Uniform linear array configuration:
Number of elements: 12
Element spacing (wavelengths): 1
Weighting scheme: binomial
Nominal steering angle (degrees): -15
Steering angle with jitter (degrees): -15.049
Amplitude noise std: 0.05
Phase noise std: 0.05

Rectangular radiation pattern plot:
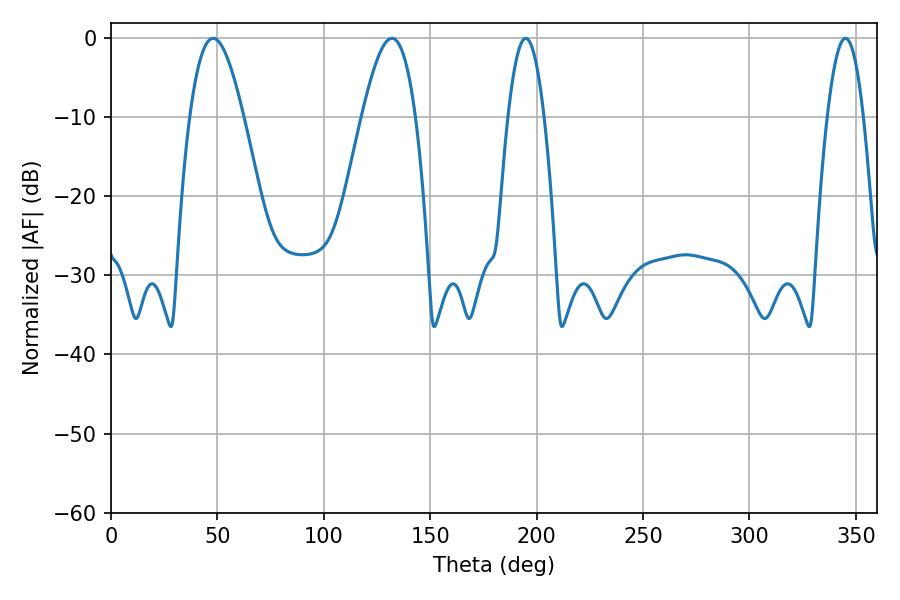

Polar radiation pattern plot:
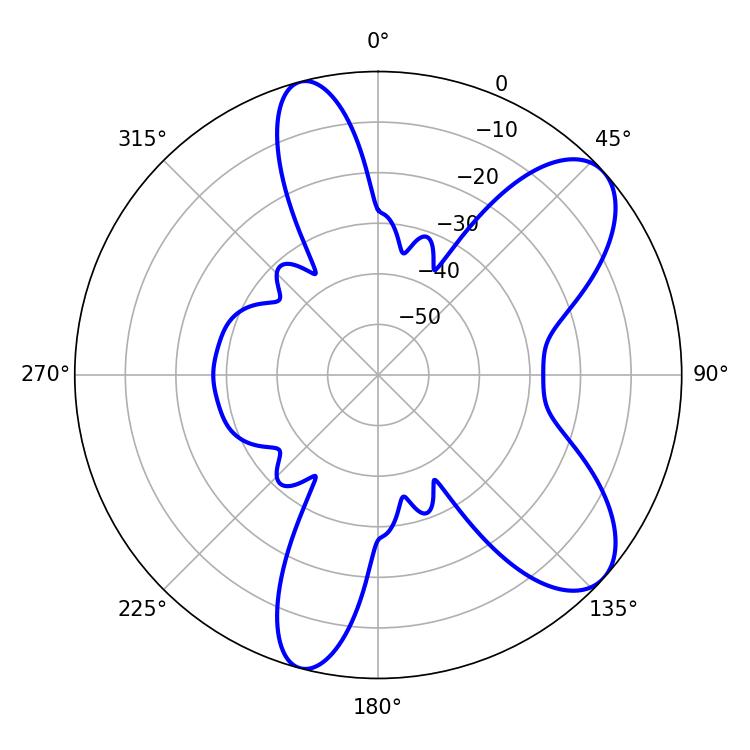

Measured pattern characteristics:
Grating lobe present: TRUE
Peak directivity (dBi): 8.254
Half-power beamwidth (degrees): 9.36
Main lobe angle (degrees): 194.94